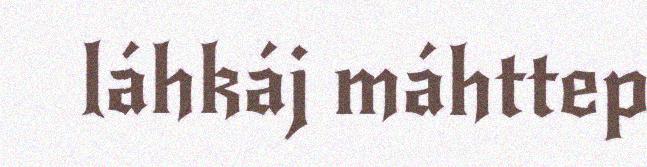
láhkáj máhttep